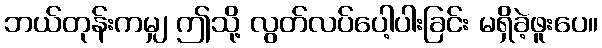
ဘယ်တုန်းကမျှ ဤသို့ လွတ်လပ်ပေါ့ပါးခြင်း မရှိခဲ့ဖူးပေ။